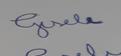
Signature authenticity: forged